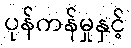
ပုန်ကန်မှုနှင့်